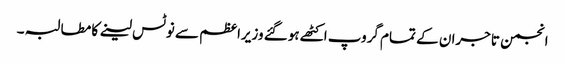
انجمن تاجران کے تمام گروپ اکٹھے ہوگئے وزیراعظم سے نوٹس لینے کا مطالبہ ۔